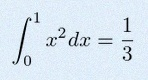
\int_0^1 x^2dx=\frac13